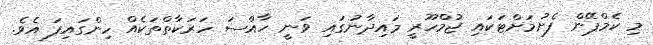
މި ކެމްޕޭން ފެށުމަށްޓަކައި ޖުމްހޫރީ މައިދާނުގައި ވަނީ ހާއްސަ ހަރަކާތްތަކެއް ހިންގައިފަ އެވެ.